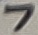
Text: 7